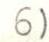
6)